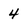
Character: 4